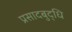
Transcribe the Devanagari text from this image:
प्रसादबुद्धि